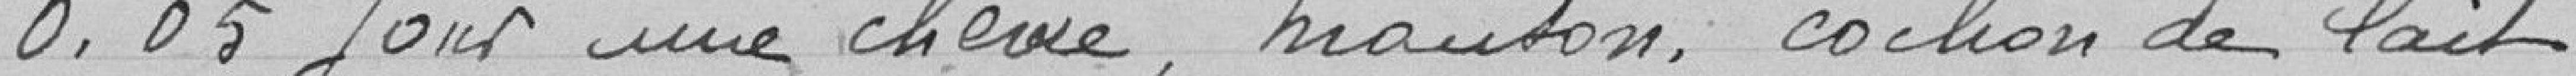
0.05 jour une chaise, mouton, cochon de lait